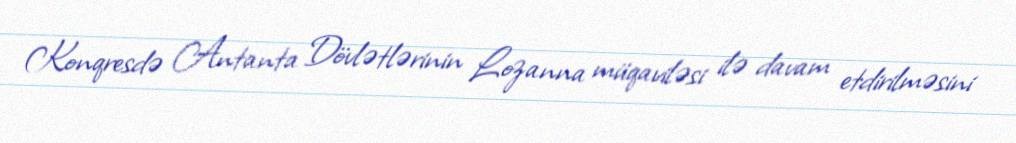
Konqresdə Antanta Dövlətlərinin Lozanna müqaviləsi ilə davam etdirilməsini